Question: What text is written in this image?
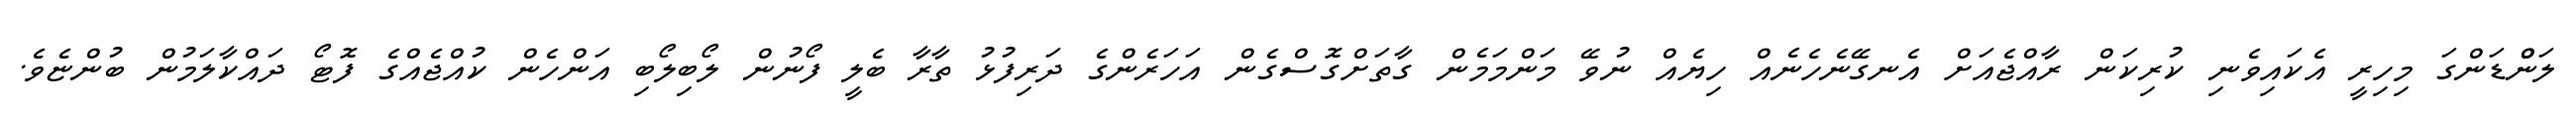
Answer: ލަންްޑަންގަ މިހިރީ އެކައިވެނި ކުރިކަން ރާއްޖެއަށް އެނގޭނެހެނެއް ހިޔެއް ނުވޭ މަންމަމެން ގާތަށްގޮސްގެން އަހަރެންގެ ދަރިފުޅު ތާރާ ބެލީ ފޯނުން ލޯބިލޯބި އަންހެން ކުއްޖެއްގެ ފޮޓޯ ދައްކާލަމުން ބުންޏެވެ.